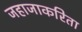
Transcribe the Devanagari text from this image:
जहाजाकरिता